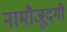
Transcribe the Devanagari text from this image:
नामौजूदगी